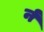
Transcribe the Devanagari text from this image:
र्न